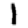
Digit: 1